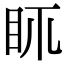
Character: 𥄙